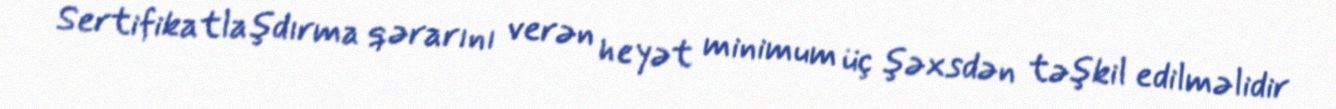
Sertifikatlaşdırma qərarını verən heyət minimum üç şəxsdən təşkil edilməlidir